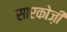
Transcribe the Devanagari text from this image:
सारकोज़ी